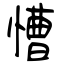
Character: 慒